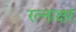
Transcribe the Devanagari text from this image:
रत्‍नाक्षरं